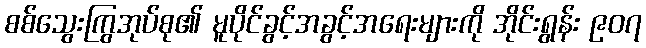
စစ်သွေးကြွအုပ်စု၏ မူပိုင်ခွင့်အခွင့်အရေးများကို အိုင်းရွန်း ၉၀၇